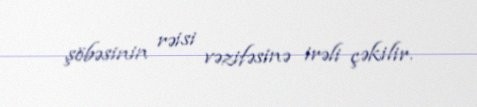
şöbəsinin rəisi vəzifəsinə irəli çəkilir.